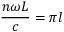
\frac { n \omega L } { c } = \pi l